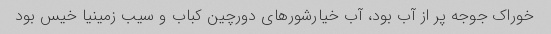
خوراک جوجه پر از آب بود، آب خیارشورهای دورچین کباب و سیب زمینیا خیس بود